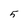
Character: 5